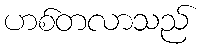
ဟစ်တလာသည်